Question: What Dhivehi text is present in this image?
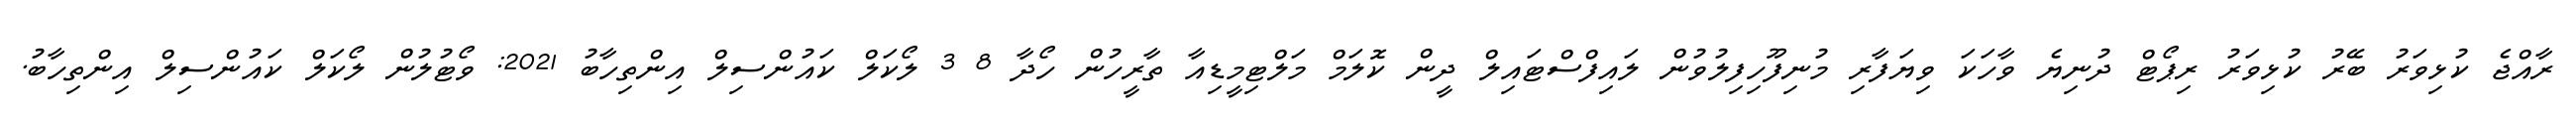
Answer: ރާއްޖެ ކުޅިވަރު ބޭރު ކުޅިވަރު ރިޕޯޓް ދުނިޔެ ވާހަކަ ވިޔަފާރި މުނިފޫހިފިލުވުން ލައިފްސްޓައިލް ދީން ކޮލަމް މަލްޓިމީޑިއާ ތާރީހުން ހޯދާ 8 3 ލޯކަލް ކައުންސިލް އިންތިހާބު 2021: ވޯޓުލުން ލޯކަލް ކައުންސިލް އިންތިހާބު.